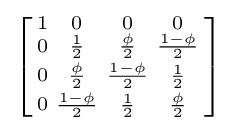
\left[{\begin{smallmatrix}1&0&0&0\\0&{\frac {1}{2}}&{\frac {\phi }{2}}&{\frac {1-\phi }{2}}\\0&{\frac {\phi }{2}}&{\frac {1-\phi }{2}}&{\frac {1}{2}}\\0&{\frac {1-\phi }{2}}&{\frac {1}{2}}&{\frac {\phi }{2}}\end{smallmatrix}}\right]